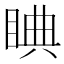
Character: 睓